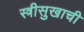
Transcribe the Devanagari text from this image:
स्त्रीसुखाची